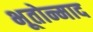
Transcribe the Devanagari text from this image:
भूतोन्माद